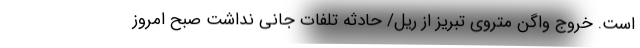
است. خروج واگن متروی تبریز از ریل/ حادثه تلفات جانی نداشت صبح امروز